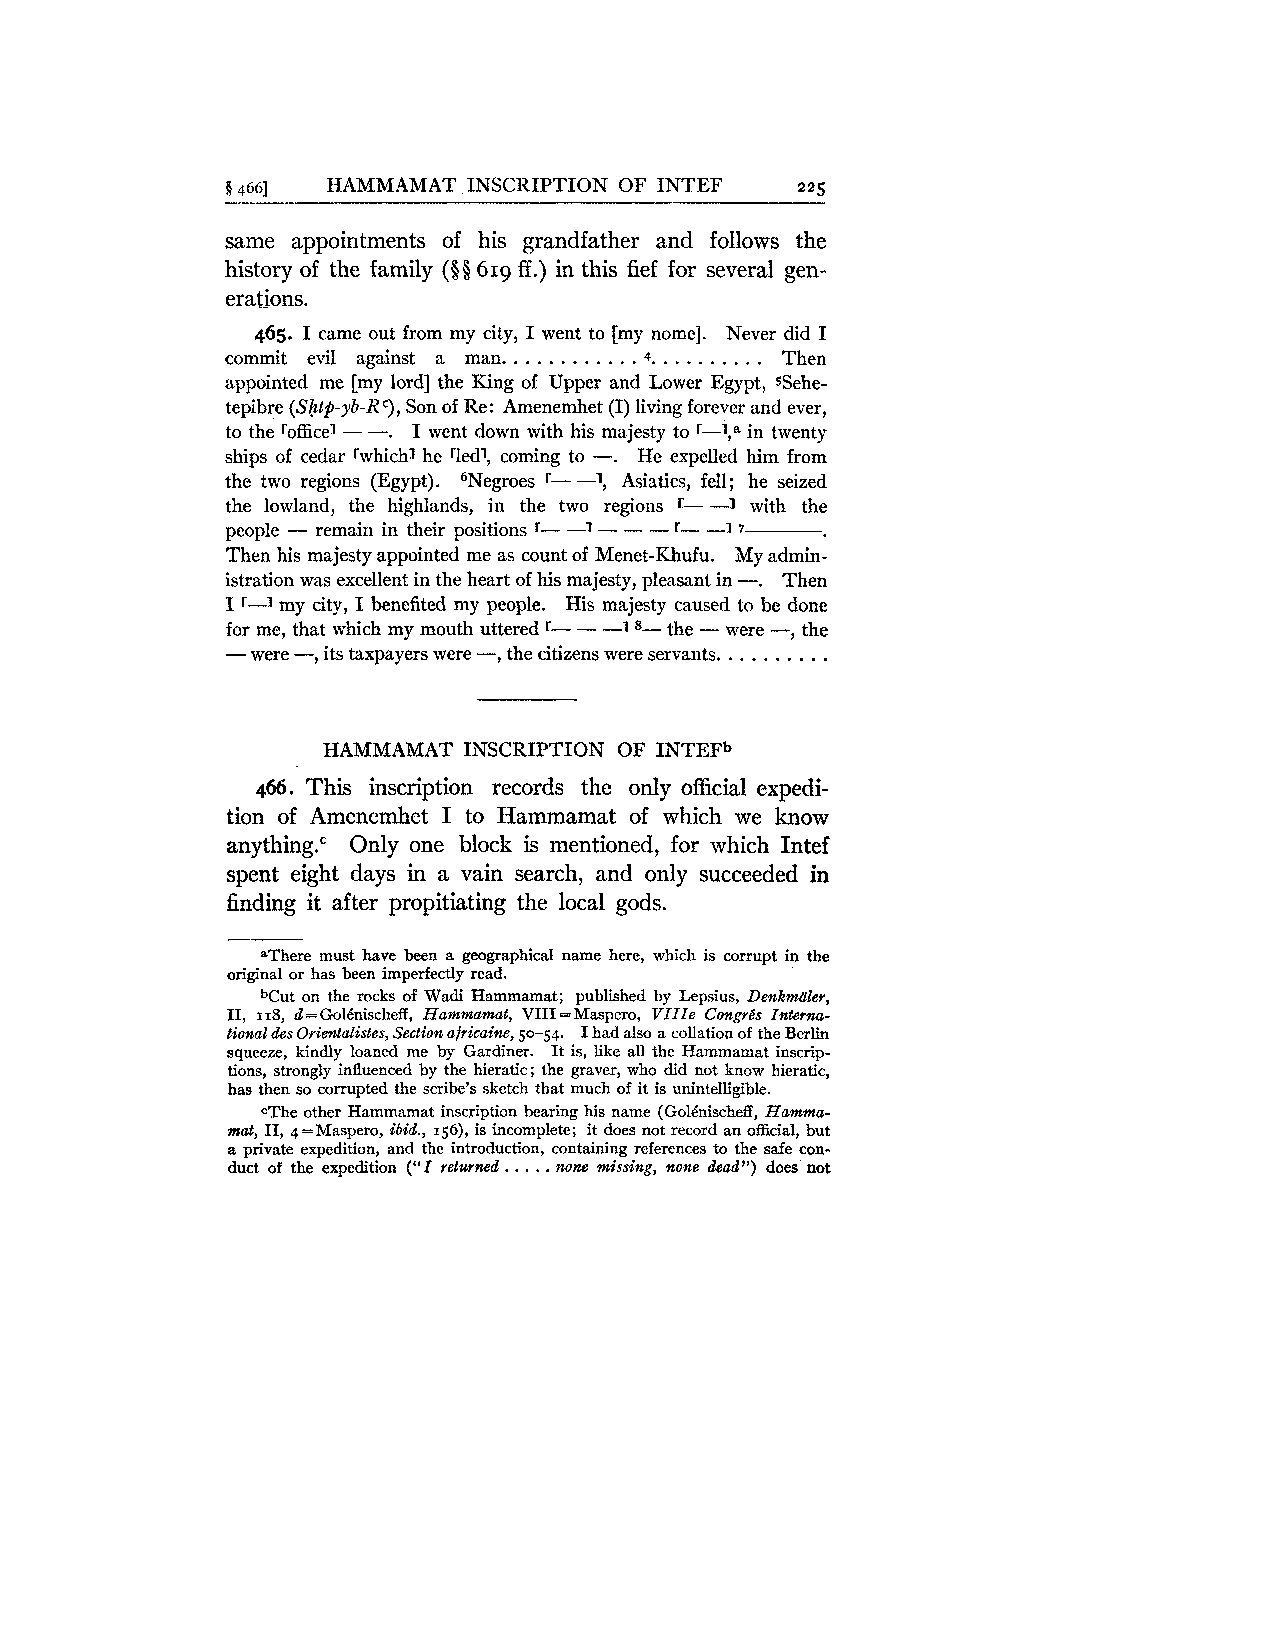
S 4661 HAMMAMAT INSCRIPTION OF INTEF  225
 same appointments of his grandfather and follows the
 history of the family ($0 619 ff.) in this fief for several gen-
 erations.
 465. I came out from my city, I went to [my nome]. Never did I
 . . . . . . . . . . . . . . . . . . . .
 commit evil against a man.  4.       Then
 appointed me [my lord] the King of Upper and Lower Egypt, SSehe-
 tepibre (Ship-yb-R Son of Re: Amenemhet (I) living forever and ever,
 C),
 -.
 to the rofficel - I went down with his majesty to r-l,a in twenty
 ships of cedar rwhichl he 'led?, coming to -. He expelled him from
 the two regions (Egypt). 'jNegroes r- -1, Asiatics, fell; he seized
 the lowland, the highlands, in the two regions r- -1 with the
 people - remain in their positions r- -1 - - - r- -1 .-7-
 Then his majesty appointed me as count of Menet-Khufu. My admin-
 -.
 istration was excellent in the heart of his majesty, pleasant in Then
 I r-1 my city, I benefited my people. His majesty caused to be done
 for me, that which my mouth uttered r- - -1 8- the - were -, the
 - were -, its taxpayers were --, the citizens were servants. . . . . . . . . .
 HAMMAMAT  INSCRIPTION OF INTEFb
 466. This inscription records the only official expedi-
 tion of Amenemhet I to I-Iarnmamat of which we know
 anything." Only one block is mentioned, for which Intef
 spent eight days in a vain search, and only succeeded in
 finding it after propitiating the local gods.
 &There must have been a geographical name here, which is corrupt in the
 original or has been imperfectly read.
 bCut on the rocks of Wadi Hammamat; published by Lepsius, Denkmaler,
 11, I 18, d = Gol&nischeff,H ammamat, VIII = Maspero, VIZZe Congrgs Znternu-
 tionul des Orientalistes, Section africaine, 50-54 I had also a collation of the Berlin
 squeeze, kindly loaned me by Gardiner. It is, like all the Hammamat inscrip-
 tions, strongly influenced by the hieratic; the graver, who did not know hieratic,
 has then so corrupted the scribe's sketch that much of it is unintelligible.
 cThe other Hammamat inscription bearing his name (Gol&nischeff,H amma-
 mat, 11, 4=Maspero, ibid., 156), is incomplete; it does not record an official, but
 a private expedition, and the introduc.t .io .n ., . c ontaining references to the safe con-
 duct of the expedition ("I returned none missing, none dead") does not